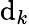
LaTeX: \mathrm{d}_{k}